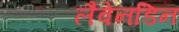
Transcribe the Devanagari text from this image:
लैवेनडिन